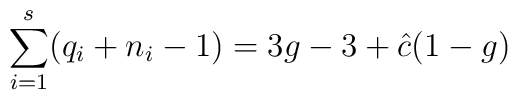
\sum_{i=1}^{s} (q_i + n_i -1)  =  3g-3 + {\hat c} (1-g)